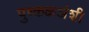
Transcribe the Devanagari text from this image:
पुष्कळअंशी